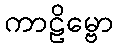
ကာဠိမ္ဗော